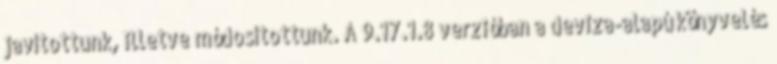
javítottunk, illetve módosítottunk. A 9.17.1.8 verzióban a deviza-alapú könyvelés